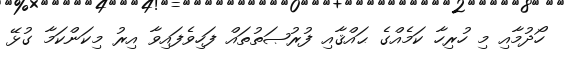
ހޯދުމާއި މި ހުރިހާ ކަމެއްގެ ޙައްޤާއި ފުރުޞަތުތައް ފަހިވެފައިވާ އިރު މިކަންކަމާ ގުޅޭ